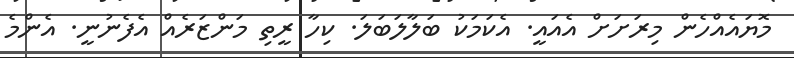
މޮޔައެއްހެން މިރަށަށް އެއައީ. އެކަމަކު ބަލާލަބަލަ. ކިހާ ރީތި މަންޒަރެއް އެފެނުނީ. އެންމެ